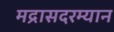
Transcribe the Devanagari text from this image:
मद्रासदरम्यान